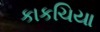
કાકચિયા